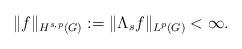
LaTeX: \begin{align*}\Vert f \Vert_{H^{s,p}(G)}:=\Vert \Lambda_sf\Vert_{L^p(G)}<\infty.\end{align*}